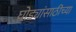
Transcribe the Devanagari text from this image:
घोड्यांसाठीच्या